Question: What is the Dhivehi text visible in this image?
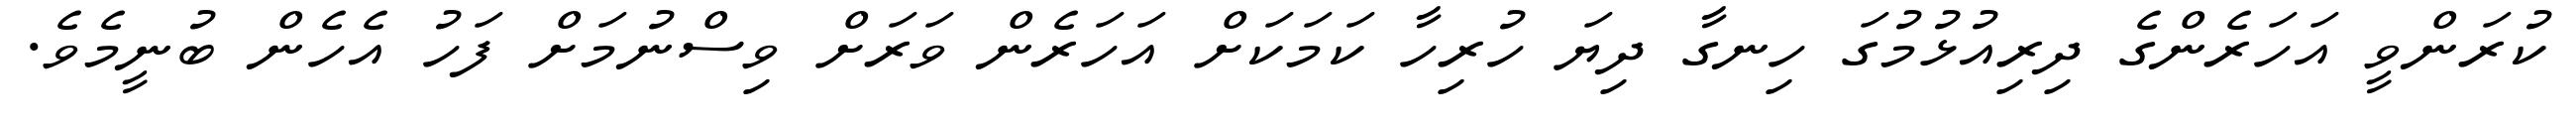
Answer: ކުރަންވީ އަހަރެންގެ ދިރިއުޅުމުގަ ހިނގާ ދިޔަ ހުރިހާ ކަމަކަށް އަހަރެން ވަރަށް ވިސްނުމަށް ފަހު އެހެން ބުނީމެވެ.